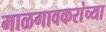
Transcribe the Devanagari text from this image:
माळगावकरांच्या